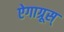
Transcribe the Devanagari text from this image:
ऐगाग्रूस्